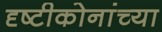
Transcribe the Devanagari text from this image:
दृष्टीकोनांच्या